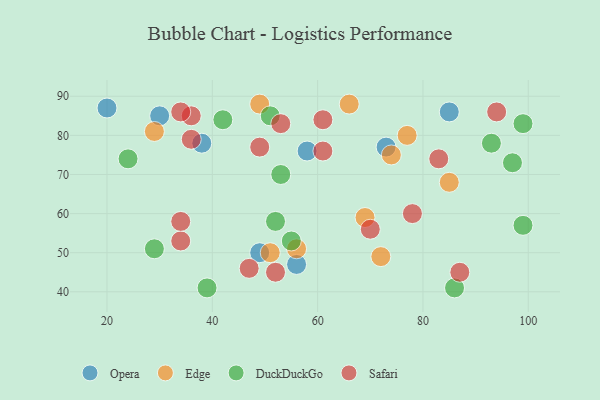
{"axis": {"x": "GDP", "y": "Life Expectancy"}, "legend": ["DuckDuckGo", "Edge", "Opera", "Safari"], "data": [{"x": "56", "y": 47, "type": "Opera"}, {"x": "73", "y": 77, "type": "Opera"}, {"x": "20", "y": 87, "type": "Opera"}, {"x": "38", "y": 78, "type": "Opera"}, {"x": "58", "y": 76, "type": "Opera"}, {"x": "85", "y": 86, "type": "Opera"}, {"x": "30", "y": 85, "type": "Opera"}, {"x": "49", "y": 50, "type": "Opera"}, {"x": "74", "y": 75, "type": "Edge"}, {"x": "29", "y": 81, "type": "Edge"}, {"x": "77", "y": 80, "type": "Edge"}, {"x": "66", "y": 88, "type": "Edge"}, {"x": "51", "y": 50, "type": "Edge"}, {"x": "49", "y": 88, "type": "Edge"}, {"x": "56", "y": 51, "type": "Edge"}, {"x": "72", "y": 49, "type": "Edge"}, {"x": "85", "y": 68, "type": "Edge"}, {"x": "69", "y": 59, "type": "Edge"}, {"x": "86", "y": 41, "type": "DuckDuckGo"}, {"x": "39", "y": 41, "type": "DuckDuckGo"}, {"x": "52", "y": 58, "type": "DuckDuckGo"}, {"x": "29", "y": 51, "type": "DuckDuckGo"}, {"x": "99", "y": 83, "type": "DuckDuckGo"}, {"x": "97", "y": 73, "type": "DuckDuckGo"}, {"x": "42", "y": 84, "type": "DuckDuckGo"}, {"x": "93", "y": 78, "type": "DuckDuckGo"}, {"x": "55", "y": 53, "type": "DuckDuckGo"}, {"x": "99", "y": 57, "type": "DuckDuckGo"}, {"x": "51", "y": 85, "type": "DuckDuckGo"}, {"x": "53", "y": 70, "type": "DuckDuckGo"}, {"x": "24", "y": 74, "type": "DuckDuckGo"}, {"x": "36", "y": 85, "type": "Safari"}, {"x": "70", "y": 56, "type": "Safari"}, {"x": "61", "y": 84, "type": "Safari"}, {"x": "36", "y": 79, "type": "Safari"}, {"x": "52", "y": 45, "type": "Safari"}, {"x": "34", "y": 53, "type": "Safari"}, {"x": "53", "y": 83, "type": "Safari"}, {"x": "83", "y": 74, "type": "Safari"}, {"x": "49", "y": 77, "type": "Safari"}, {"x": "94", "y": 86, "type": "Safari"}, {"x": "78", "y": 60, "type": "Safari"}, {"x": "34", "y": 58, "type": "Safari"}, {"x": "87", "y": 45, "type": "Safari"}, {"x": "61", "y": 76, "type": "Safari"}, {"x": "47", "y": 46, "type": "Safari"}, {"x": "34", "y": 86, "type": "Safari"}]}